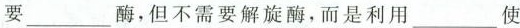
要___酶，但不需要解旋酶，而是利用___使